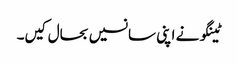
ٹینگو نے اپنی سانسیں بحال کیں۔